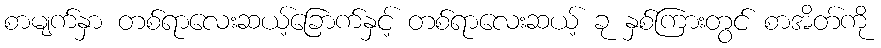
စာမျက်နှာ တစ်ရာလေးဆယ့်ခြောက်နှင့် တစ်ရာလေးဆယ့် ခု နှစ်ကြားတွင် စာအိတ်ကို